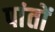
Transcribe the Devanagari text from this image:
पांतों